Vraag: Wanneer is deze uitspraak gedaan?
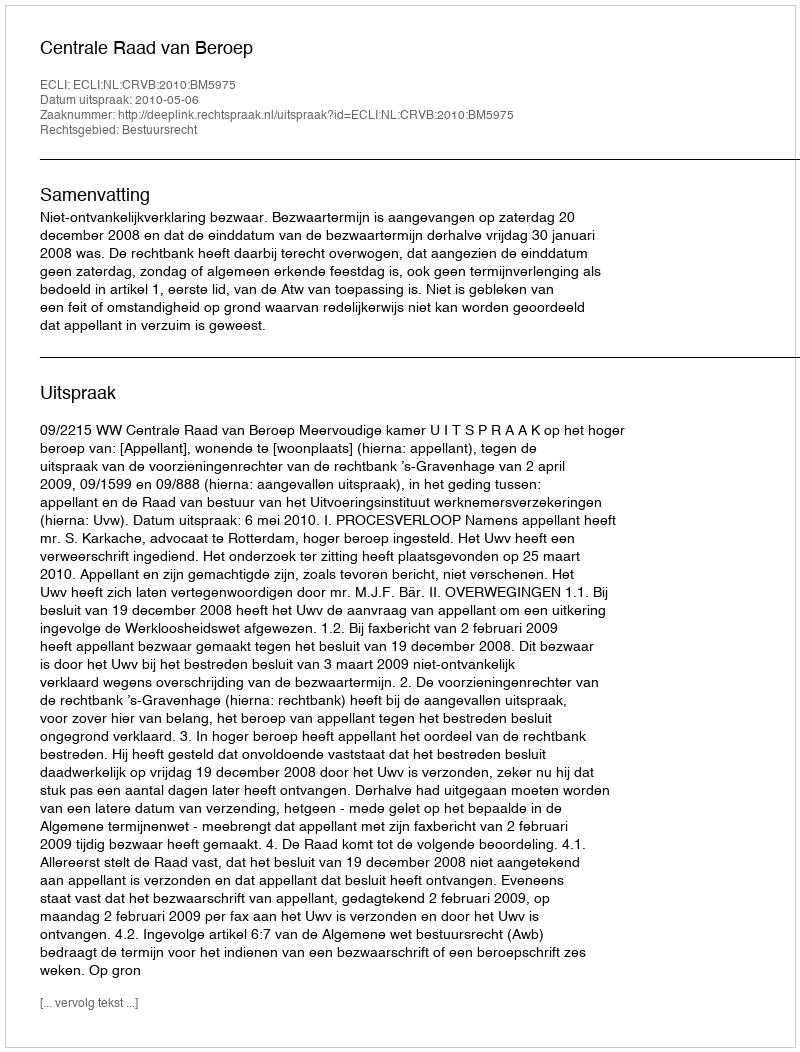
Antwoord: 2010-05-06